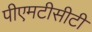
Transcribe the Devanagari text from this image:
पीएमटीसीटी